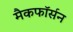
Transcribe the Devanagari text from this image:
मैकफॉर्सन